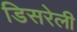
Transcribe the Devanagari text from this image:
डिसरेली